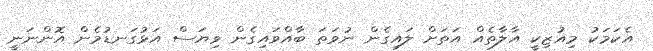
އެކަމަކު މިއުޒިކީ އާލާތެއް އަތަށް ލައިގެން ނުވަތަ ބާއްވައިގެން ވިޔަސް އަޅުގަނޑުމެން އޮންނަނީ